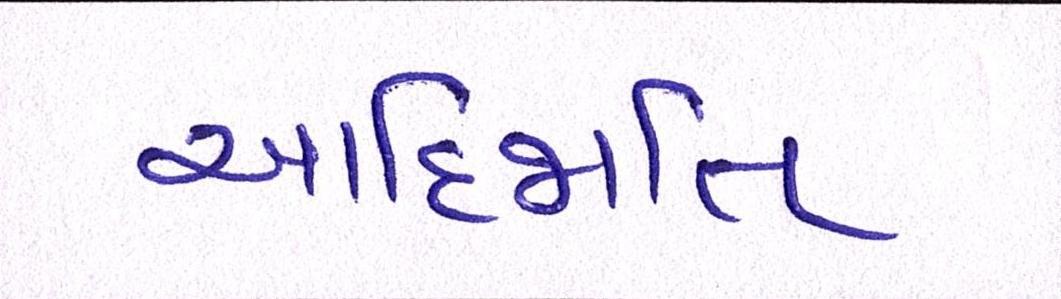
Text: આદિજાતિ